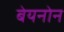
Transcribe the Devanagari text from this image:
बेयनोन